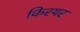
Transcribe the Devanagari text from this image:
किरयर